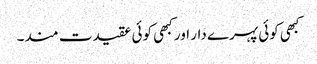
کبھی کوئی پہرے دار اور کبھی کوئی عقیدت مند۔